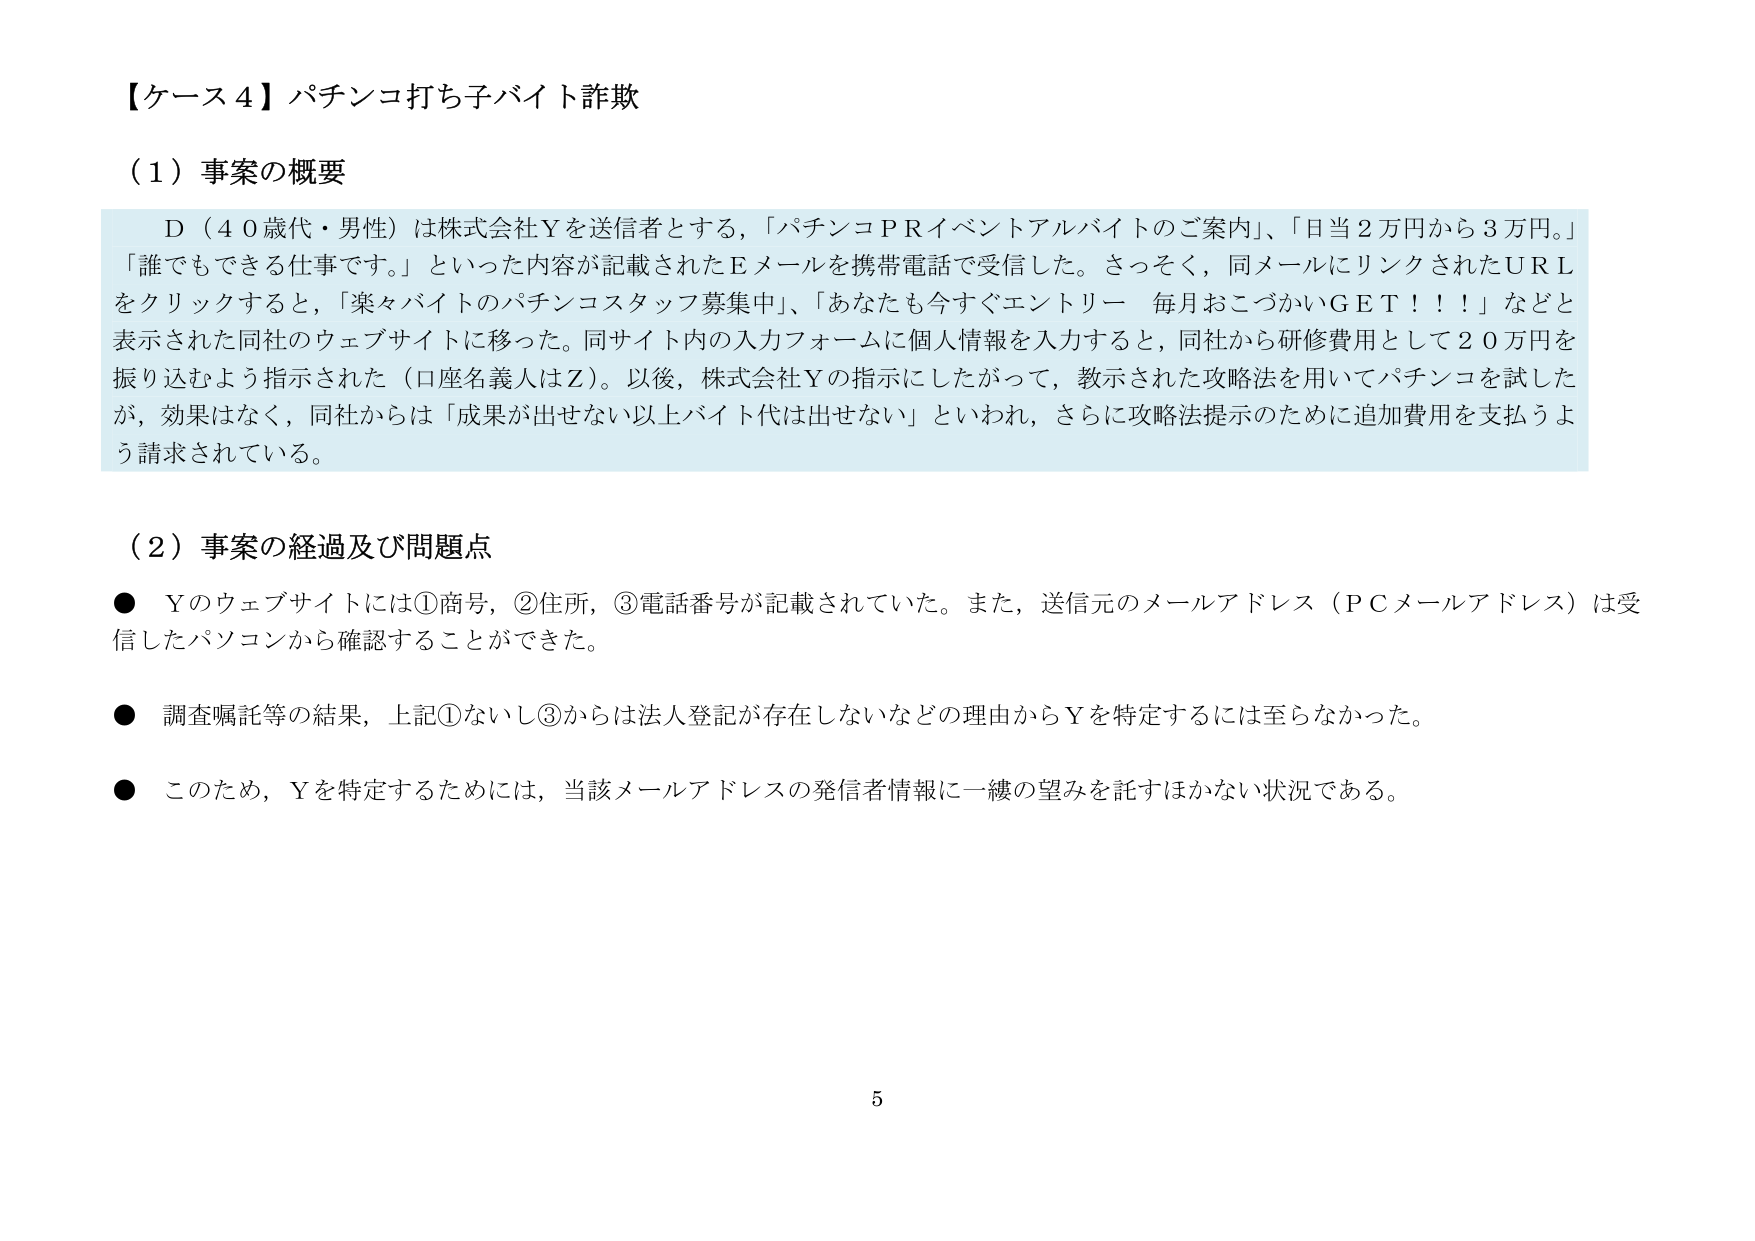
【ケース４】パチンコ打ち子バイト詐欺

（１）事案の概要

　Ｄ（４０歳代・男性）は株式会社Ｙを送信者とする，「パチンコＰＲイベントアルバイトのご案内」、「日当２万円から３万円。」「誰でもできる仕事です。」といった内容が記載されたＥメールを携帯電話で受信した。さっそく，同メールにリンクされたＵＲＬをクリックすると，「楽々バイトのパチンコスタッフ募集中」、「あなたも今すぐエントリー　毎月おこづかいＧＥＴ！！！」などと表示された同社のウェブサイトに移った。同サイト内の入力フォームに個人情報を入力すると，同社から研修費用として２０万円を振り込むよう指示された（口座名義人はＺ）。以後，株式会社Ｙの指示にしたがって，教示された攻略法を用いてパチンコを試したが，効果はなく，同社からは「成果が出せない以上バイト代は出せない」といわれ，さらに攻略法提示のために追加費用を支払うよう請求されている。

（２）事案の経過及び問題点

●　Ｙのウェブサイトには①商号，②住所，③電話番号が記載されていた。また，送信元のメールアドレス（ＰＣメールアドレス）は受信したパソコンから確認することができた。

●　調査嘱託等の結果，上記①ないし③からは法人登記が存在しないなどの理由からＹを特定するには至らなかった。

●　このため，Ｙを特定するためには，当該メールアドレスの発信者情報に一縷の望みを託すほかない状況である。

5